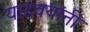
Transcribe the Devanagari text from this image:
यादवयांनी